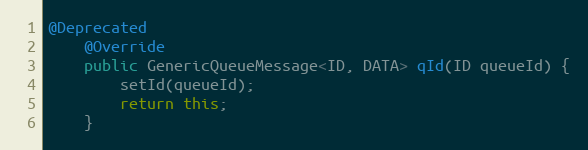
Language: Java
@Deprecated
    @Override
    public GenericQueueMessage<ID, DATA> qId(ID queueId) {
        setId(queueId);
        return this;
    }